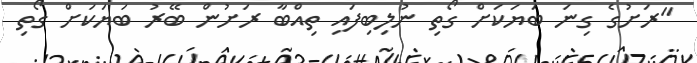
"ރަށުގެ ގިނަ ބަޔަކަށް ގޯތި ނުލިބިފައި ތިއްބާ ރަށުން ބޭރު ބަޔަކަށް ގޯތި